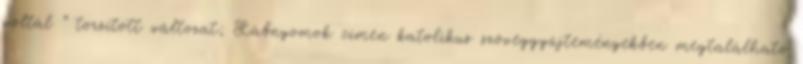
voltál ” torzított változat; Lábnyomok címen katolikus szöveggyűjteményekben megtalálható